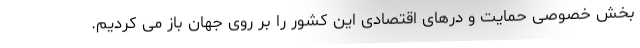
بخش خصوصی حمایت و درهای اقتصادی این کشور را بر روی جهان باز می کردیم.